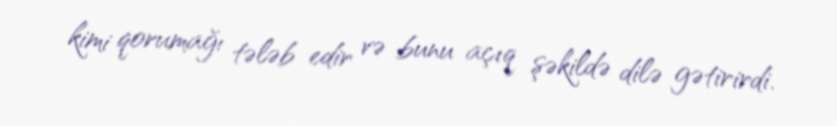
kimi qorumağı tələb edir və bunu açıq şəkildə dilə gətirirdi.